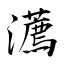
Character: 瀳